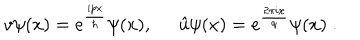
LaTeX: v \psi ( x ) = e ^ { \frac { i p x } { \hbar } } \psi ( x ) , \; \; \hat { u } \psi ( x ) = e ^ { \frac { 2 \pi i x } { q } } \psi ( x ) \; .